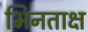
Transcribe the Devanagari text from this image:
भिनताक्ष